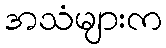
အသံများက